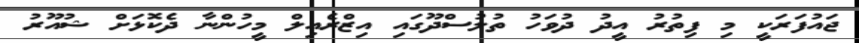
ޖައުފަރަކީ މި ފިތުރު އީދު ދުވަހު ތުލުސްދޫގައި އިޒްރެއިލް މީހުންނާ ދެކޮޅަށް ޝުއޫރު